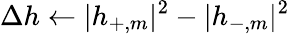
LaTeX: \Delta h\gets|h_{+,m}|^{2}-|h_{-,m}|^{2}